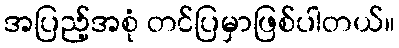
အပြည့်အစုံ တင်ပြမှာဖြစ်ပါတယ်။